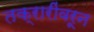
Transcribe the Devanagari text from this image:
तक्रारींवरून